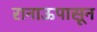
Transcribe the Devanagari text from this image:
रानाऊपासून